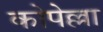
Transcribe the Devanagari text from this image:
कोपेल्ला